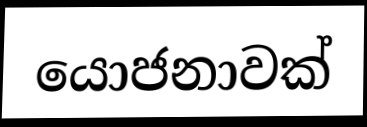
යොජනාවක්